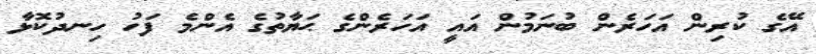
އޭގެ ކުރިން އަހަރެން ބުނަމުން އައީ އަހަރެންގެ ޙަޔާތުގެ އެންމެ ފަހު ހިނދުކޮޅާ